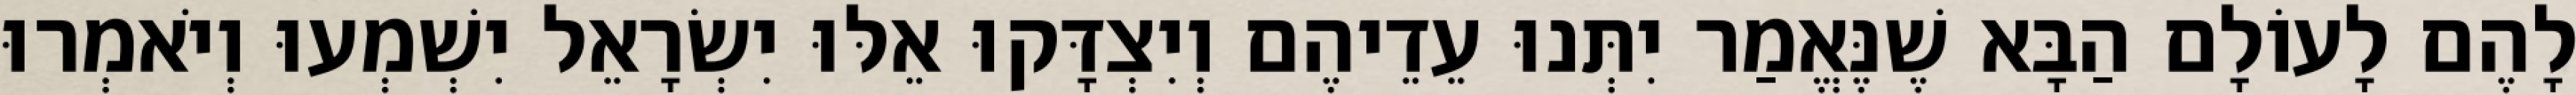
לָהֶם לָעוֹלָם הַבָּא שֶׁנֶּאֱמַר יִתְּנוּ עֵדֵיהֶם וְיִצְדָּקוּ אֵלּוּ יִשְׂרָאֵל יִשְׁמְעוּ וְיֹאמְרוּ